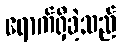
ရောက်ရှိခဲ့သည်